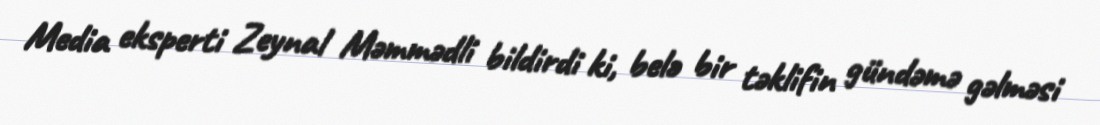
Media eksperti Zeynal Məmmədli bildirdi ki, belə bir təklifin gündəmə gəlməsi